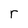
Character: r